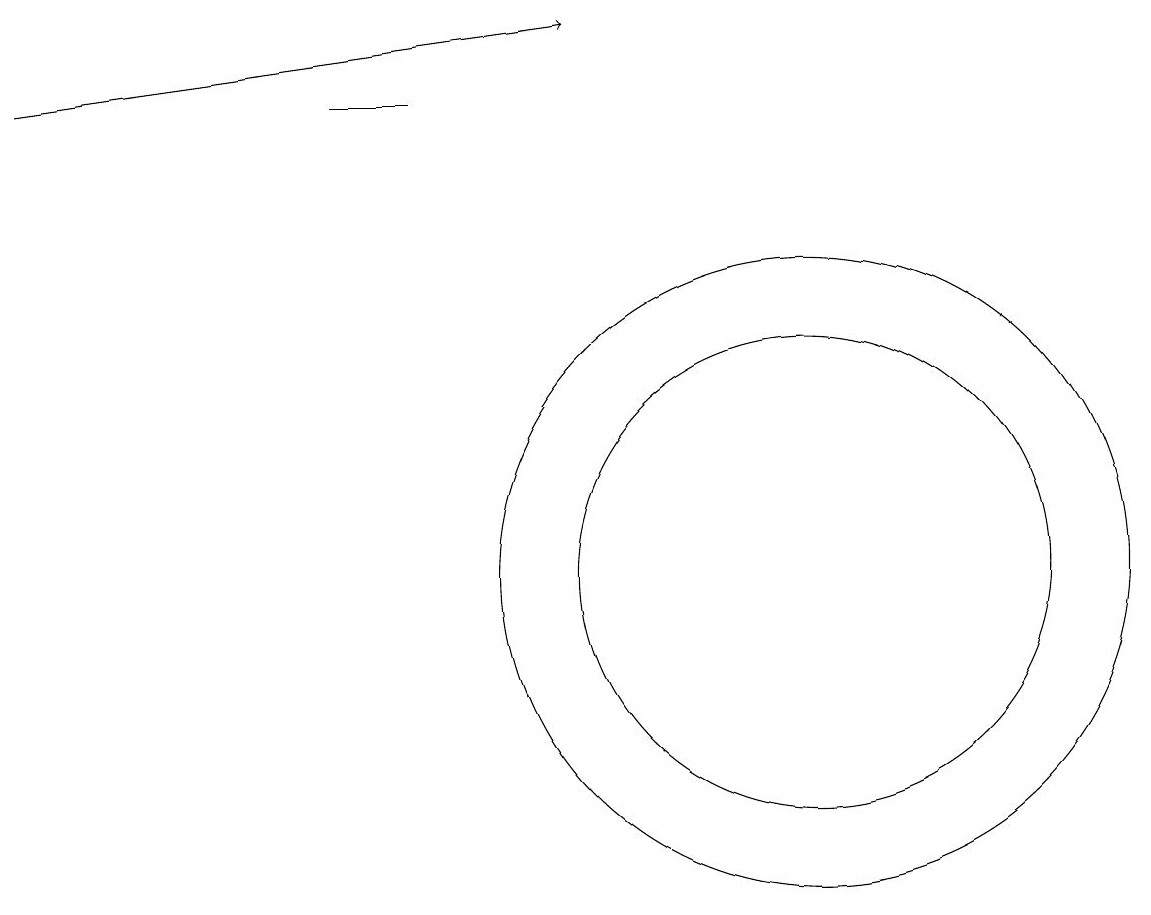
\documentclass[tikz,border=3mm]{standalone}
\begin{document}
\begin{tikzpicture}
\draw (5,17) rectangle (4,17);
\draw[->] (0,17) -- (7,18);
\draw (10,11) circle (3);
\draw (10,11) circle (4);
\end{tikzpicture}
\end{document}